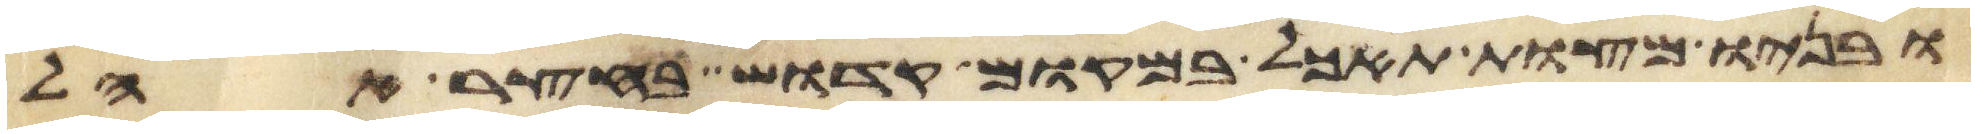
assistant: ובניו מצות תאכל במקום קדוש בחצר אהל